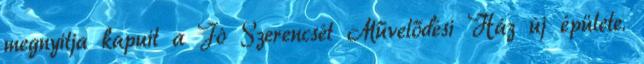
megnyitja kapuit a Jó Szerencsét Művelődési Ház új épülete.